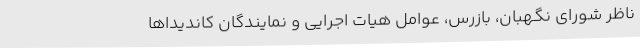
ناظر شورای نگهبان، بازرس، عوامل هیات اجرایی و نمایندگان کاندیداها